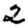
Digit: 2